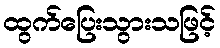
ထွက်ပြေးသွားသဖြင့်